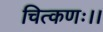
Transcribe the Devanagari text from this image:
चित्कणः।।